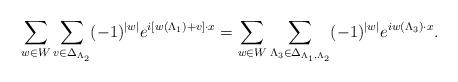
LaTeX: \begin{align*}\sum_{w\in W}\sum_{v\in\Delta_{\Lambda_{2}}}(-1)^{|w|}e^{i\left[w(\Lambda_{1})+v\right]\cdot x}=\sum_{w\in W}\sum_{\Lambda_{3}\in\Delta_{\Lambda_{1},\Lambda_{2}}}(-1)^{|w|}e^{iw(\Lambda_{3})\cdot x}.\end{align*}